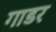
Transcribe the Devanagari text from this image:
गाडर